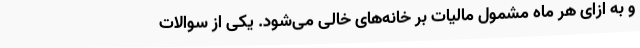
و به ازای هر ماه مشمول مالیات بر خانه‌های خالی می‌شود. یکی از سوالات